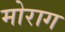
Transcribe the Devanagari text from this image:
मोराग